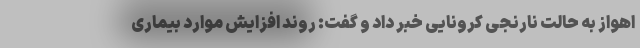
اهواز به حالت نارنجی کرونایی خبر داد و گفت: روند افزایش موارد بیماری